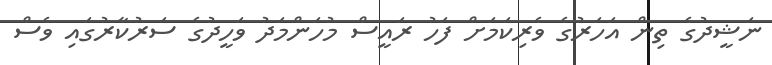
ނަޝީދުގެ ތިން އަހަރުގެ ވެރިކަމަށް ފަހު ރައީސް މުހަންމަދު ވަހީދުގެ ސަރުކާރުގައި ވެސް